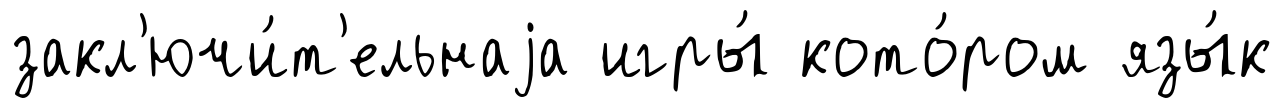
закл'ючи́т'ельнаjа игры́ кото́ром язы́к